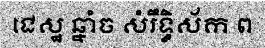
ជេស្ឋ ឆ្នាំច សំរឹទ្ធិស័ក ព